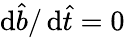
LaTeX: \mathrm{d}\hat{b}/\, \mathrm{d}\hat{t}=0